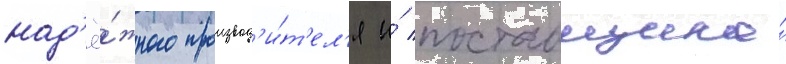
над'ё́жного производ'и́т'ел'я и́ поставщика́